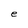
Character: e